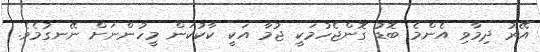
އޭރު ދިމާވި އެންމެ ބޮޑު ގޮންޖެހުމަކީ ޖުމާ އަކީ ކާކުކަން މީހުންނަށް ނޭނގުމެވެ.